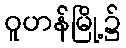
ဝူဟန်မြို့၌